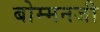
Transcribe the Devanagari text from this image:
बोम्मनजी